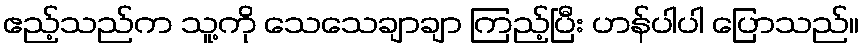
ဧည့်သည်က သူ့ကို သေသေချာချာ ကြည့်ပြီး ဟန်ပါပါ ပြောသည်။